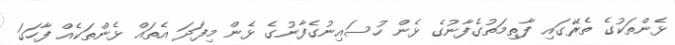
ޅެންތަކުގެ ތެރޭގައި ފާތިމަތުގެފާނުގެ ޅެން ހުސައިނުގެފާނުގެ ޅެން މިފަދަ އެތައް ޅެންތަކެއް ފާހަގަ